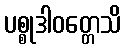
ပစ္စုဒါဝတ္တေသိ